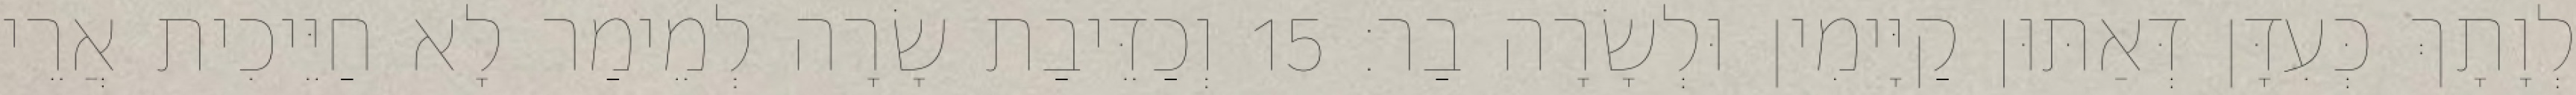
לְוָתָךְ כְּעִדָּן דְּאַתּוּן קַיָּימִין וּלְשָׂרָה בַר׃ 15 וְכַדֵּיבַת שָׂרָה לְמֵימַר לָא חַיֵּיכִית אֲרֵי